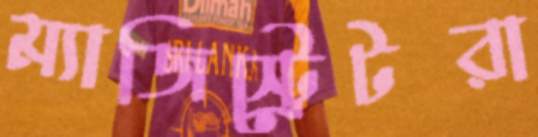
ম্যাজিস্ট্রেটরা